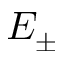
E _ { \pm }